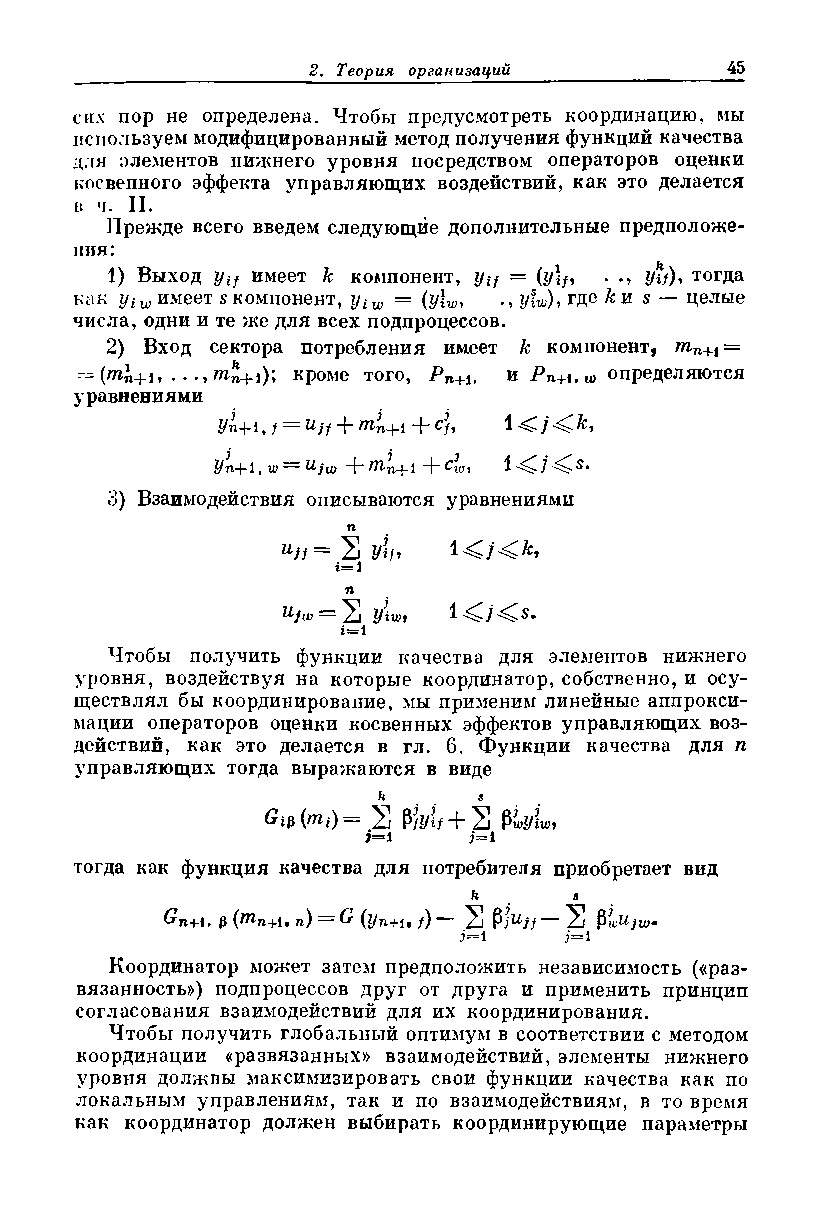
сих пор не определена. Чтобы предусмотреть координацию, мы
 используем модифицированный метод получения функций качества
 для элементов нижнего уровня посредством операторов оценки
 косвепного эффекта управляющих воздействий, как это делается
 в ч. II.
 Прежде всего введем следующие дополнительные предположе­
 ния:
 1) Выход yif имеет к компонент, yif = (y\f, . ., y\f), тогда
 как У[ w имеет s компонент, yiw = (y\w, ., y\w), где кш s — целые
 числа, одни и те же для всех подпроцессов.
 2) Вход сектора потребления имеет к компонент, mn+i =
 —     ...,гПп+1); кроме того, Pn+i, и Pn+i,w определяются
 уравнениями
 У  , f== Hjf rnn+i    j кл
 тх—j— 1     -{- су, 1
 г/п+1, w ~ Ujw + m-n+i + cw>
 3) Взаимодействия описываются уравнениями
 п
 uJf ~ 51 yif 9
 2=1
 п
 ujw — S Viwt
 2 = 1
 Чтобы получить функции качества для элементов нижнего
 уровня, воздействуя на которые координатор, собственно, и осу­
 ществлял бы координирование, мы применим линейные аппрокси­
 мации операторов оценки косвенных эффектов управляющих воз­
 действий, как это делается в гл. 6. Функции качества для п
 управляющих тогда выражаются в виде
 ft
 S
 51 рЫ/ + 51 $wy\wi
 i=i    j~i
 тогда как функция качества для потребителя приобретает вид
 к      в
 Gn+i, э (тп+1. п) — G (уп+1* /) 51 Pj^j/ 51 РwUjw*
 i=i    i=i
 Координатор может затем предположить независимость («раз-
 вязанность») подпроцессов друг от друга и применить принцип
 согласования взаимодействий для их координирования.
 Чтобы получить глобальный оптимум в соответствии с методом
 координации «развязанных» взаимодействий, элементы нижнего
 уровня должпы максимизировать свои функции качества как по
 локальным управлениям, так и по взаимодействиям, в то время
 как координатор должен выбирать координирующие параметры